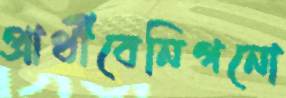
প্রার্থীবেনিগনো